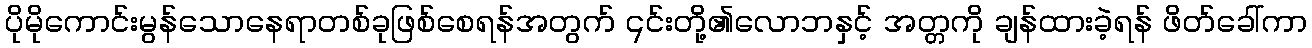
ပိုမိုကောင်းမွန်သောနေရာတစ်ခုဖြစ်စေရန်အတွက် ၎င်းတို့၏လောဘနှင့် အတ္တကို ချန်ထားခဲ့ရန် ဖိတ်ခေါ်ကာ